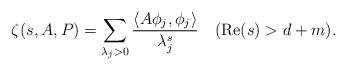
LaTeX: \begin{align*}\zeta(s,A,P)=\sum_{\lambda_j>0}\frac{\langle A\phi_j,\phi_j\rangle}{\lambda_j^s}\ \ \ (\mathrm{Re}(s)>d+m).\end{align*}